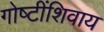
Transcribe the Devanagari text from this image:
गोष्‍टींशिवाय